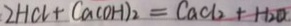
2 H C l + C a ( O H ) _ { 2 } = C a C l _ { 2 } + H _ { 2 } O